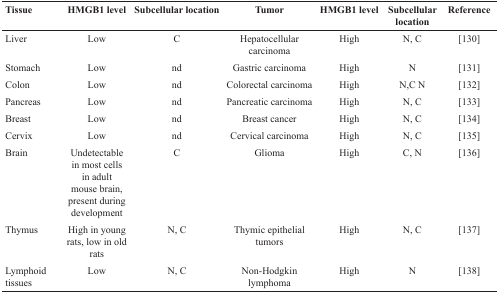
<table><thead><tr><td><b>Tissue</b></td><td><b>HMGB1 level</b></td><td><b>Subcellular location</b></td><td><b>Tumor</b></td><td><b>HMGB1 level</b></td><td><b>Subcellular location</b></td><td><b>Reference</b></td></tr></thead><tbody><tr><td>Liver</td><td>Low</td><td>C</td><td>Hepatocellular carcinoma</td><td>High</td><td>N, C</td><td>[130]</td></tr><tr><td>Stomach</td><td>Low</td><td>nd</td><td>Gastric carcinoma</td><td>High</td><td>N</td><td>[131]</td></tr><tr><td>Colon</td><td>Low</td><td>nd</td><td>Colorectal carcinoma</td><td>High</td><td>N,C N</td><td>[132]</td></tr><tr><td>Pancreas</td><td>Low</td><td>nd</td><td>Pancreatic carcinoma</td><td>High</td><td>N, C</td><td>[133]</td></tr><tr><td>Breast</td><td>Low</td><td>nd</td><td>Breast cancer</td><td>High</td><td>N, C</td><td>[134]</td></tr><tr><td>Cervix</td><td>Low</td><td>nd</td><td>Cervical carcinoma</td><td>High</td><td>N, C</td><td>[135]</td></tr><tr><td>Brain</td><td>Undetectable in most cells in adult mouse brain, present during development</td><td>C</td><td>Glioma</td><td>High</td><td>C, N</td><td>[136]</td></tr><tr><td>Thymus</td><td>High in young rats, low in old rats</td><td>N, C</td><td>Thymic epithelial tumors</td><td>High</td><td>N, C</td><td>[137]</td></tr><tr><td>Lymphoid tissues</td><td>Low</td><td>N, C</td><td>Non-Hodgkin lymphoma</td><td>High</td><td>N</td><td>[138]</td></tr></tbody></table>